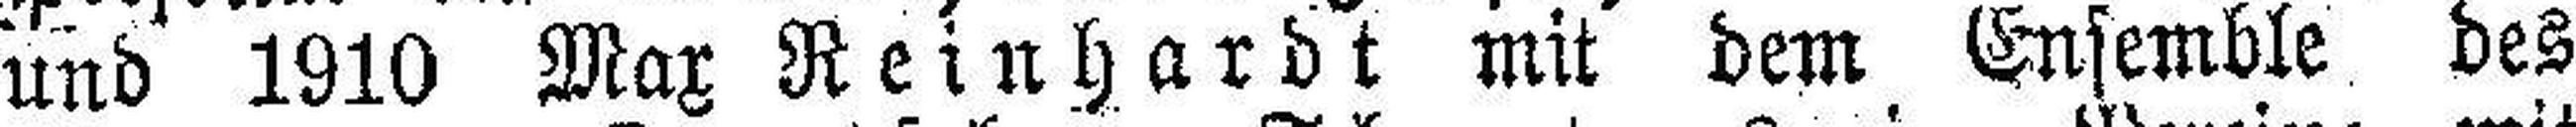
und 1910 Max Reinhardt mit dem Ensemble des